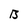
Character: B